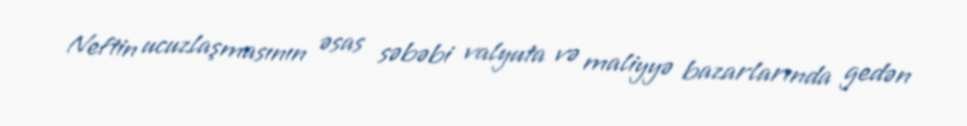
Neftin ucuzlaşmasının əsas səbəbi valyuta və maliyyə bazarlarında gedən